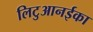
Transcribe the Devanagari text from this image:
लिटुआनईका